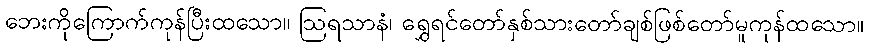
ဘေးကိုကြောက်ကုန်ပြီးထသော။ ဩရသာနံ၊ ရွှေရင်တော်နှစ်သားတော်ချစ်ဖြစ်တော်မူကုန်ထသော။